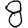
Digit: 8